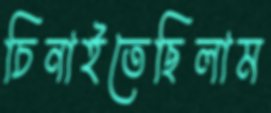
চিনাইতেছিলাম